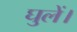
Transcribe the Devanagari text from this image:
घुलें।